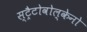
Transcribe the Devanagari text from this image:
स्ट्रैटोवोल्केनो